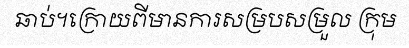
ឆាប់។ក្រោយពីមានការសម្របសម្រួល ក្រុម